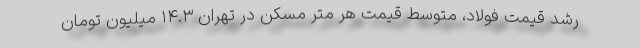
رشد قیمت فولاد، متوسط قیمت هر متر مسکن در تهران ۱۴.۳ میلیون تومان